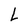
Character: L